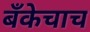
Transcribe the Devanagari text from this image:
बँकेचाच